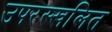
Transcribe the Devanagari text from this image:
उपरस्खलित